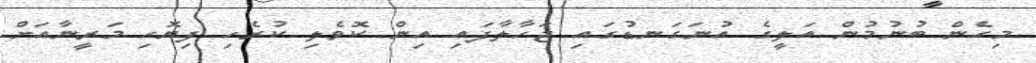
މިހެން ބުނުމުން އަލީގެ އުނަގަނޑުގައި ޖަހާލާފައި އިން ކޮވެލި ކުރެހި ފިޔޮހި މަރީނާއަށް